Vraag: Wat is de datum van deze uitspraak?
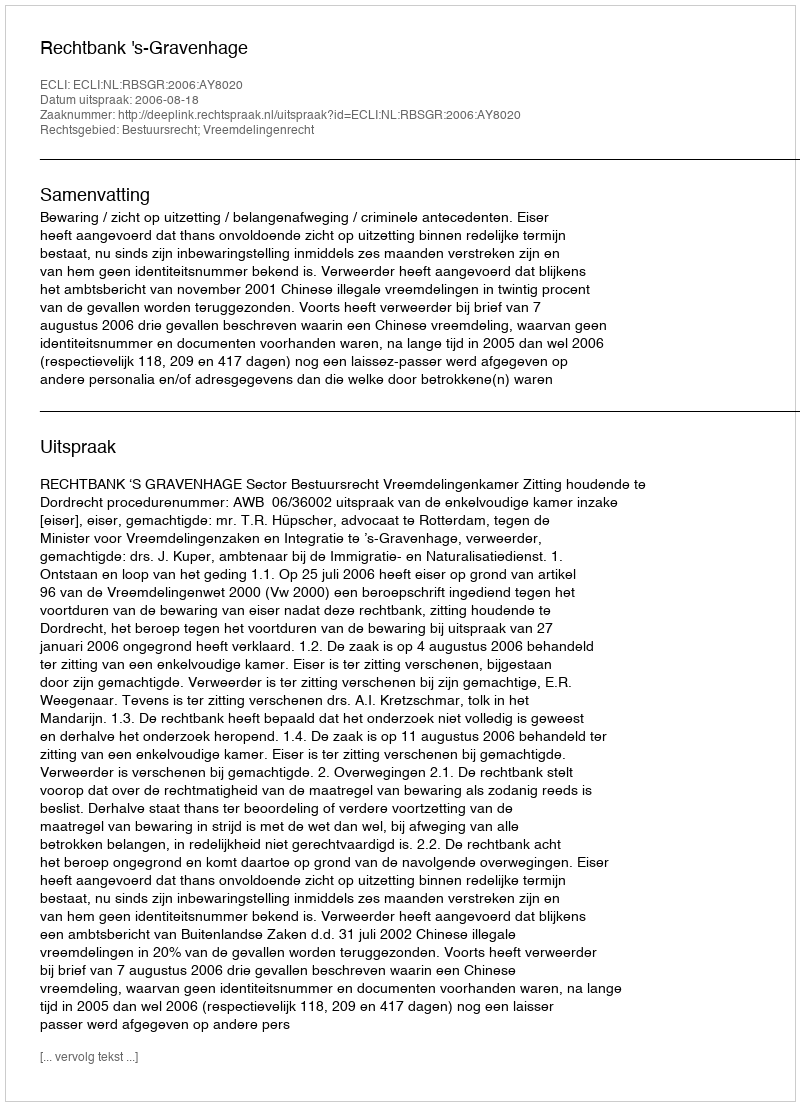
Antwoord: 2006-08-18